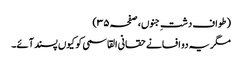
(طواف دشتِ جنوں، صفحہ ۳۵)
مگر یہ دو افسانے حقانی القاسمی کو کیوں پسند آئے۔